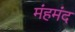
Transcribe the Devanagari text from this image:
मंहमंद